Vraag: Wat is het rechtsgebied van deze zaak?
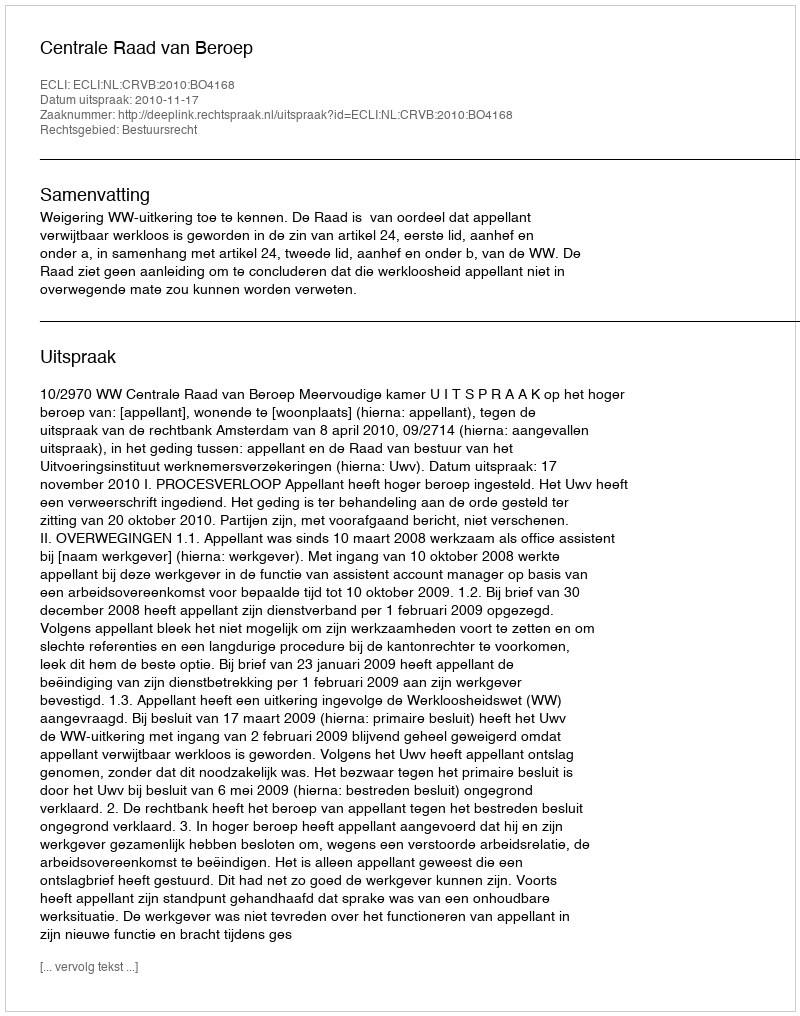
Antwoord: Bestuursrecht